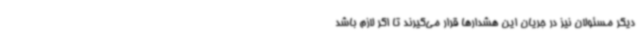
دیگر مسئولان نیز در جریان این هشدارها قرار می‌گیرند تا اگر لازم باشد